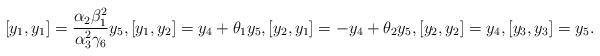
LaTeX: \begin{align*}[y_1, y_1]=\frac{\alpha_2\beta^2_1}{\alpha^2_3\gamma_6}y_5, [y_1, y_2]=y_4+\theta_1y_5, [y_2, y_1]=-y_4+\theta_2y_5, [y_2, y_2]=y_4, [y_3, y_3]=y_5. \end{align*}